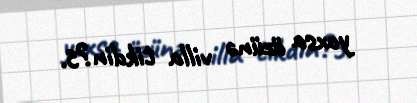
yoxsa özünə villa tikdin?5.